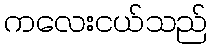
ကလေးငယ်သည်